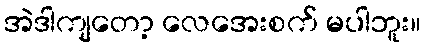
အဲဒါကျတော့ လေအေးစက် မပါဘူး။